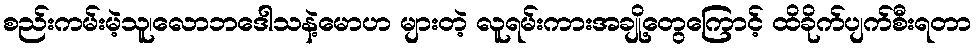
စည်းကမ်းမဲ့သူ၊လောဘဒေါသနဲ့မောဟ များတဲ့ လူရမ်းကားအချို့တွေကြောင့် ထိခိုက်ပျက်စီးရတာ